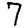
Digit: 7